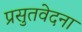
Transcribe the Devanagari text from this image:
प्रसुतवेदना